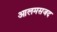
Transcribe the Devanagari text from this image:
आलमसजद